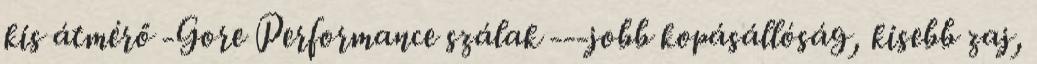
kis átmérő -Gore Performance szálak ---jobb kopásállóság, kisebb zaj,